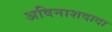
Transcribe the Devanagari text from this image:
अविनाशदादा